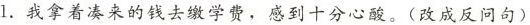
1.我拿着凑来的钱去缴学费，感到十分心酸。(改成反问句)